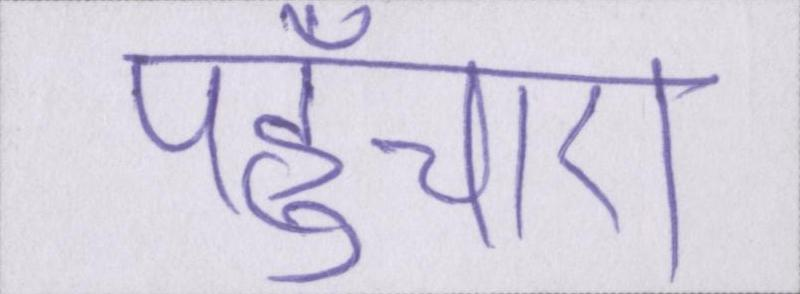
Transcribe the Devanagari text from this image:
पहुँचाए